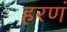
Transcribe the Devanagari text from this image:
हरणं